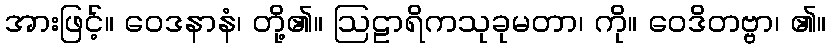
အားဖြင့်။ ဝေဒနာနံ၊ တို့၏။ ဩဠာရိကသုခုမတာ၊ ကို။ ဝေဒိတဗ္ဗာ၊ ၏။